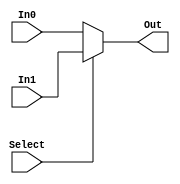
/*-----------------------------------------------------
--   2 to 1 Multiplexer
--   This modules passes one of the inputs In1 or In0 
--   according to the select signal. Data width is 
--   given as a parameter to this module.
--   Designer: Tuna Biim
-----------------------------------------------------*/ 
module Mux2x1(In0, In1, Select, Out);
	parameter W = 32;
	output reg[W-1:0] Out;
	input [W-1:0] In0, In1;
	input Select;

	always @(In0 or In1 or Select)
 
		Out = (Select) ? In1 : In0;
		
endmodule